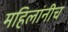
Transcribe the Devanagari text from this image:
महिलांनीच